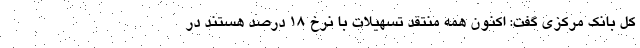
کل بانک مرکزی گفت: اکنون همه منتقد تسهیلات با نرخ ۱۸ درصد هستند در